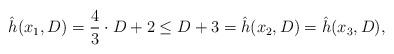
LaTeX: \begin{align*}\hat{h}(x_1,D)=\frac{4}{3}\cdot D+2\leq D+3=\hat{h}(x_2,D)=\hat{h}(x_3,D),\end{align*}